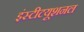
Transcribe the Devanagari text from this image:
इंस्‍टीटयूशनल